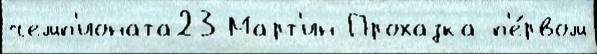
чемп'ионата23 Март'ин Прохазка п'е́рвом